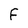
Character: F